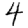
Digit: 4